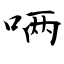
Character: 唡